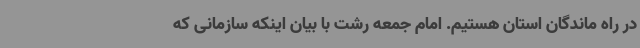
در راه ماندگان استان هستیم. امام جمعه رشت با بیان اینکه سازمانی که